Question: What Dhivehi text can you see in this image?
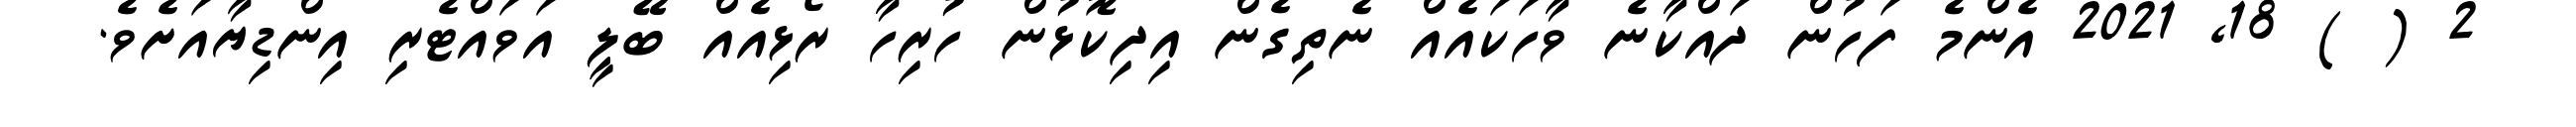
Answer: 2 ( ) 18, 2021 އެންމެ ފަހުން ދައްކާނެ ވާހަކައެއް ނެތިގެން އިދިކޮޅުން ހުރިހާ ރޯޅިއެއް ބޭލީ އަވައްޓެރި އިންޑިޔާއަށެވެ.